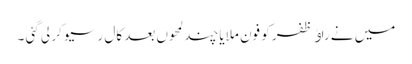
میں نے راﺅ ظفر کو فون ملایا چند لمحوں بعد کال رسیو کر لی گئی ۔